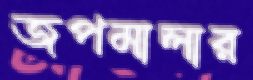
জপমালার